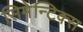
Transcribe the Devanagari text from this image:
सिमेन्टिक्स